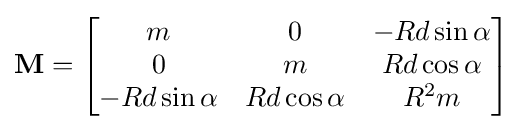
\mathbf {M} ={\begin{bmatrix}m&0&-Rd\sin \alpha \\0&m&Rd\cos \alpha \\-Rd\sin \alpha &Rd\cos \alpha &R^{2}m\end{bmatrix}}